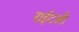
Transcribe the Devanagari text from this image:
राईटशी